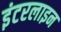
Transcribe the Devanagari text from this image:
इंटरलाइन